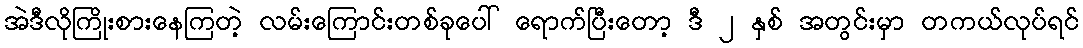
အဲဒီလိုကြိုးစားနေကြတဲ့ လမ်းကြောင်းတစ်ခုပေါ် ရောက်ပြီးတော့ ဒီ ၂ နှစ် အတွင်းမှာ တကယ်လုပ်ရင်